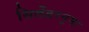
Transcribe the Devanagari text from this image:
सिलेंडरनुमा